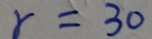
r = 3 0